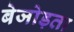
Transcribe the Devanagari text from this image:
बेजोड़ता